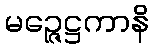
မဉ္ဇေဋ္ဌကာနိ